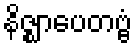
နိဇ္ဈာပေတဗ္ဗံ